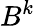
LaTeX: B^{k}